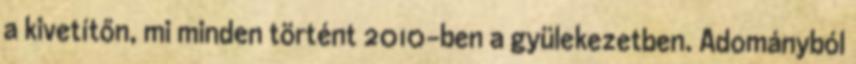
a kivetítőn, mi minden történt 2010-ben a gyülekezetben. Adományból